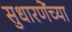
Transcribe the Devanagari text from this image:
सुधारणेंच्या